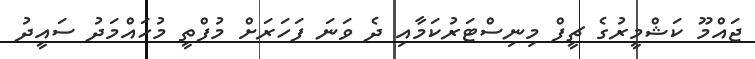
ޖައްމޫ ކަޝްމީރުގެ ޗީފް މިނިސްޓަރުކަމާއި ދެ ވަނަ ފަހަރަށް މުފްތީ މުހައްމަދު ސައީދު